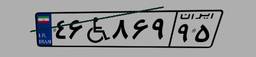
۴۶W۸۶۹۹۵